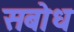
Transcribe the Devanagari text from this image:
सबोध